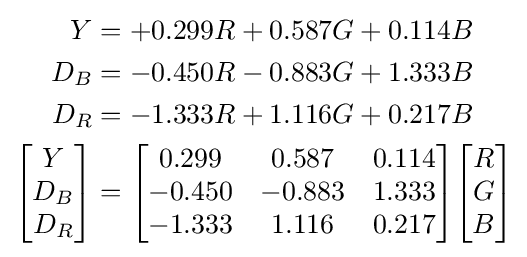
{\begin{aligned}Y&=+0.299R+0.587G+0.114B\\D_{B}&=-0.450R-0.883G+1.333B\\D_{R}&=-1.333R+1.116G+0.217B\\{\begin{bmatrix}Y\\D_{B}\\D_{R}\end{bmatrix}}&={\begin{bmatrix}0.299&0.587&0.114\\-0.450&-0.883&1.333\\-1.333&1.116&0.217\end{bmatrix}}{\begin{bmatrix}R\\G\\B\end{bmatrix}}\end{aligned}}